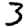
Digit: 3